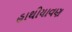
હાથીયાવણ